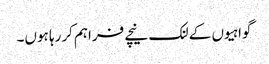
گواہیوں کے لنک نیچے فراہم کررہا ہوں۔